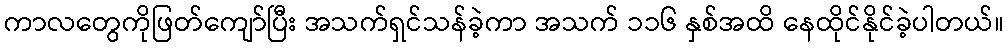
ကာလတွေကိုဖြတ်ကျော်ပြီး အသက်ရှင်သန်ခဲ့ကာ အသက် ၁၁၆ နှစ်အထိ နေထိုင်နိုင်ခဲ့ပါတယ်။